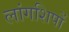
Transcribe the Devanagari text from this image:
लांगशिपों